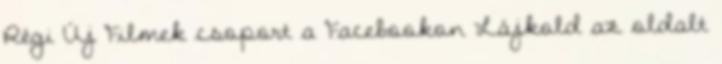
Régi Új Filmek csoport a Facebookon Lájkold az oldalt